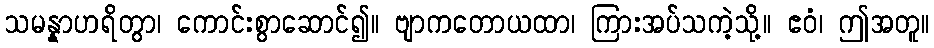
သမန္နာဟရိတွာ၊ ကောင်းစွာဆောင်၍။ ဗျာကတောယထာ၊ ကြားအပ်သကဲ့သို့။ ဧဝံ၊ ဤအတူ။